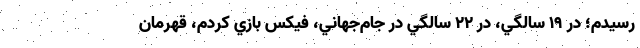
رسيدم؛ در ۱۹ سالگي، در ۲۲ سالگي در جام‌جهاني، فيكس بازي كردم، قهرمان